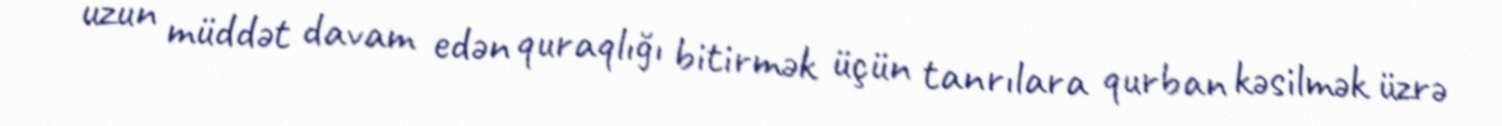
uzun müddət davam edən quraqlığı bitirmək üçün tanrılara qurban kəsilmək üzrə